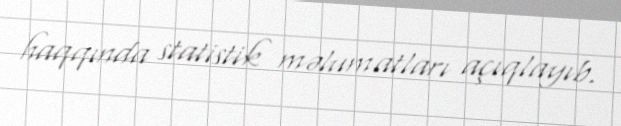
haqqında statistik məlumatları açıqlayıb.